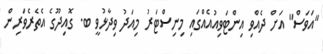
"އަވަސް" އަށް ދެއްވި އިންޓަވިއުއެއްގައި މިނިސްޓަރު މިއަދު ވިދާޅުވީ ބ. ގޮއިދޫގެ އެތެރެވަރިން